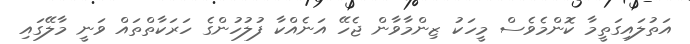
އަތުލައިގަތީމާ ކޮންމެވެސް މީހަކު ޒިންމާވާން ޖެހޭ އަނެއްކާ ފުލުހުންގެ ހަރަކާތްތައް ވަނީ މާލޭގައި